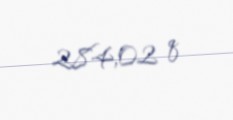
284,02 q